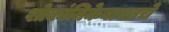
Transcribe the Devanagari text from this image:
शोकांतिकेबाबतचे